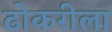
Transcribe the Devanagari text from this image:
ढोकरीला